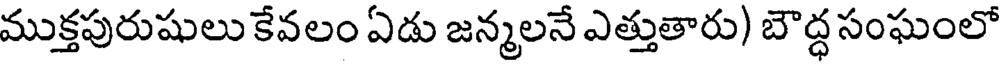
ముక్తపురుషులు కేవలం ఏడు జన్మలనే ఎత్తుతారు) బౌద్ధ సంఘంలో